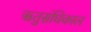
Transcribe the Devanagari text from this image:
ऋतुसंधिकाल